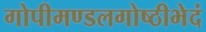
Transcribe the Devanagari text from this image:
गोपीमण्डलगोष्ठीभेदं